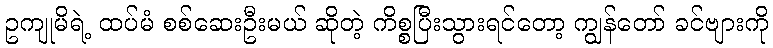
ဥကျုမိရဲ့ ထပ်မံ စစ်ဆေးဦးမယ် ဆိုတဲ့ ကိစ္စပြီးသွားရင်တော့ ကျွန်တော် ခင်ဗျားကို